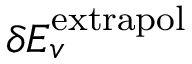
\delta E _ { v } ^ { \mathrm { e x t r a p o l } }